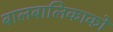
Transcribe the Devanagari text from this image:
बालबालिकाको